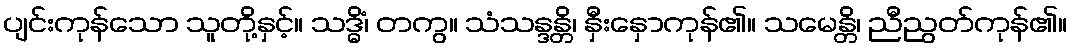
ပျင်းကုန်သော သူတို့နှင့်။ သဒ္ဓိံ၊ တကွ။ သံသန္ဒန္တိ၊ နှီးနှောကုန်၏။ သမေန္တိ၊ ညီညွတ်ကုန်၏။